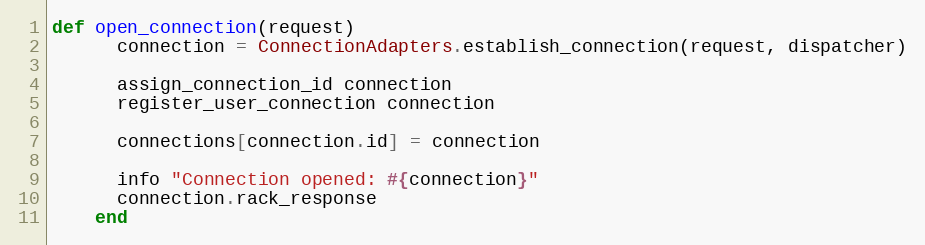
Language: Ruby
def open_connection(request)
      connection = ConnectionAdapters.establish_connection(request, dispatcher)

      assign_connection_id connection
      register_user_connection connection

      connections[connection.id] = connection

      info "Connection opened: #{connection}"
      connection.rack_response
    end